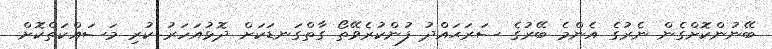
ބޭނުންކޮށްގެން ނެރުގެ އެންމެ ބޭރުގެ ސަރަޙައްދު ފުންކުރެވޭތޯ ގާތްގަނޑަކަށް ދޮޅުއަހަރު ކުރި މަސައްކަތްކޮށް